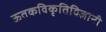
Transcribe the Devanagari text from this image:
ऊतकविकृतिविज्ञानी